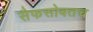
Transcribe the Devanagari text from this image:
सैफसोबतच